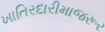
ખાતિરદારીમાજરૂર